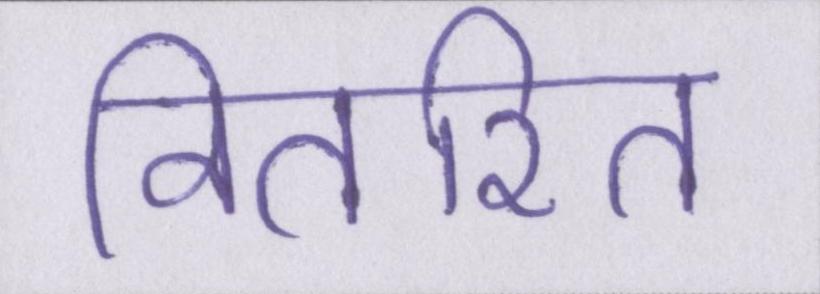
वितरित